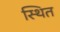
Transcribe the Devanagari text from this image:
स्थित